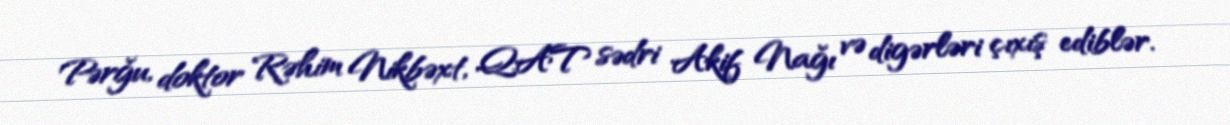
Pərğu, doktor Rəhim Nikbəxt, QAT sədri Akif Nağı və digərləri çıxış ediblər.